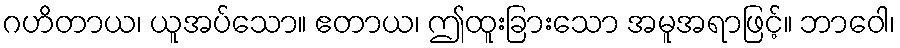
ဂဟိတာယ၊ ယူအပ်သော။ ဧတာယ၊ ဤထူးခြားသော အမူအရာဖြင့်။ ဘာဝေါ၊